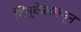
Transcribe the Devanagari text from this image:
विन्केलमन्न